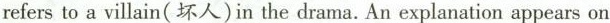
refers to a villain(坏人)in the drama. An explanation appears on